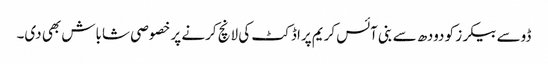
ڈوسے بیکرز کو دودھ سے بنی آئس کریم پراڈکٹ کی لانچ کرنے پر خصوصی شاباش بھی دی۔